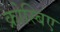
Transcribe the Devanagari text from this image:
क्रोस्बिए